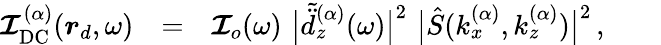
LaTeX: \begin{array}{rlr}{\boldsymbol{\mathcal{I}}_{\mathrm{DC}}^{(\alpha)}(\boldsymbol{r}_{d},\omega)}&{=}&{\boldsymbol{\mathcal{I}}_{o}(\omega)\, \, \big|\tilde{\ddot{d}}_{z}^{(\alpha)}(\omega)\big|^{2}\, \, \big|\hat{S}(k_{x}^{(\alpha)},k_{z}^{(\alpha)})\big|^{2}\, ,\quad\quad}\end{array}